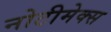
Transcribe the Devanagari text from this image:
नोटीमेक्स